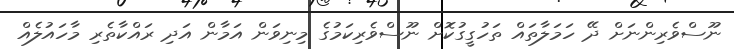
ނޫސްވެރިންނަށް ދޭ ހަމަލާތައް ތަހުގީގުކޮށް ނޫސްވެރިކަމުގެ މިނިވަން އަމާން އަދި ރައްކާތެރި މާހައުލެއް